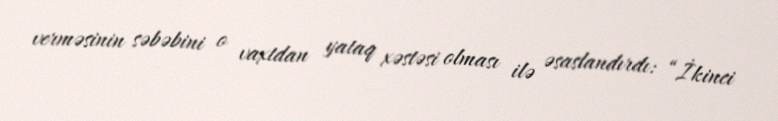
verməsinin səbəbini o vaxtdan yataq xəstəsi olması ilə əsaslandırdı: “İkinci